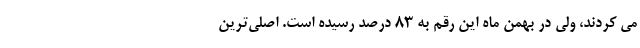
می کردند، ولی در بهمن ماه این رقم به ۸۳ درصد رسیده است. اصلی‌ترین